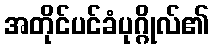
အတိုင်ပင်ခံပုဂ္ဂိုလ်၏